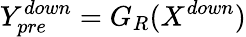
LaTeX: Y_{pre}^{down}=G_{R}(X^{down})